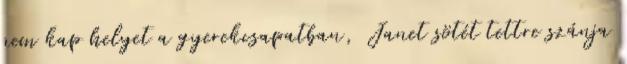
nem kap helyet a gyerekcsapatban, Janet sötét tettre szánja